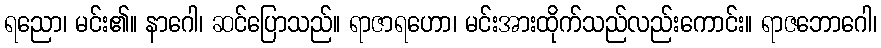
ရညော၊ မင်း၏။ နာဂေါ၊ ဆင်ပြောသည်။ ရာဇာရဟော၊ မင်းအားထိုက်သည်လည်းကောင်း။ ရာဇဘောဂေါ၊